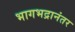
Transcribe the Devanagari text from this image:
भागभद्रानंतर